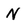
Character: N